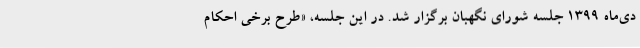
دی‌ماه 1399 جلسه شورای نگهبان برگزار شد. در این جلسه، «طرح برخی احکام